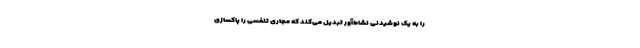
را به یک نوشیدنی نشاط‌آور تبدیل می‌کند که مجاری تنفسی را پاکسازی